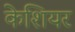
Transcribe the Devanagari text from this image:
केशियर